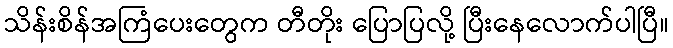
သိန်းစိန်အကြံပေးတွေက တီတိုး ပြောပြလို့ ပြီးနေလောက်ပါပြီ။